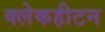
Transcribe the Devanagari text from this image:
क्लेकहीटन